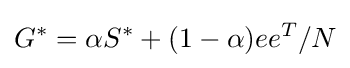
G^{*}=\alpha S^{*}+(1-\alpha )ee^{T}/N